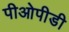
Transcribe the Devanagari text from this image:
पीओपीडी